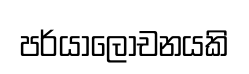
පර්යාලෝචනයකි